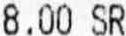
8.00 SR